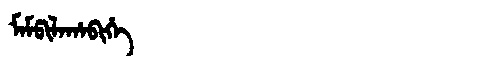
Manchu: ᠮᠠᠮᡦᡳᠯᠠᡥᠠᠪᡳᡥᡝ
Romanization: MAMPILAHABIHE